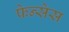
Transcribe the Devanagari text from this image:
फेन्सेस